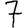
Digit: 7